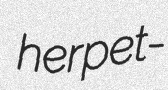
herpet-